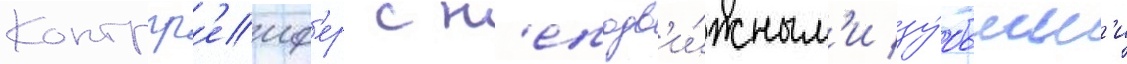
Контргр'еиф'ер с н'еподв'и́жным'и зу́бьям'и